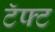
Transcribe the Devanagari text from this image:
टॅफ्ट